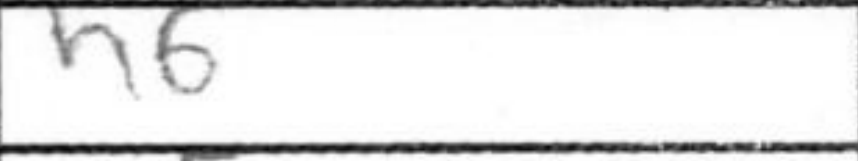
Transcription: h6